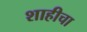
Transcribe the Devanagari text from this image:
शाहीचा